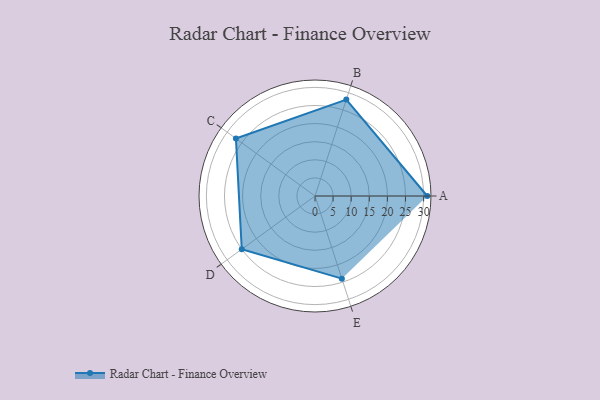
{"axis": {"x": "Skill", "y": "Score"}, "legend": ["Profile"], "data": [{"x": "A", "y": 31.0, "type": "Profile"}, {"x": "B", "y": 28.0, "type": "Profile"}, {"x": "C", "y": 27.0, "type": "Profile"}, {"x": "D", "y": 25.0, "type": "Profile"}, {"x": "E", "y": 24.0, "type": "Profile"}]}